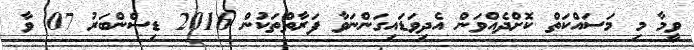
ވީމާ މި މަސައްކަތް ކޮށްދެއްވަން އެދިވަޑައިގަންނަވާ ފަރާތްތަކުން 2016 ޑިސެންބަރު 07 ވާ